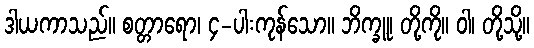
ဒါယကာသည်။ စတ္တာရော၊ ၄-ပါးကုန်သော။ ဘိက္ခူ၊ တို့ကို။ ဝါ၊ တို့သို့။